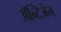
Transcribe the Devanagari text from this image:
अॅन्टिजेन